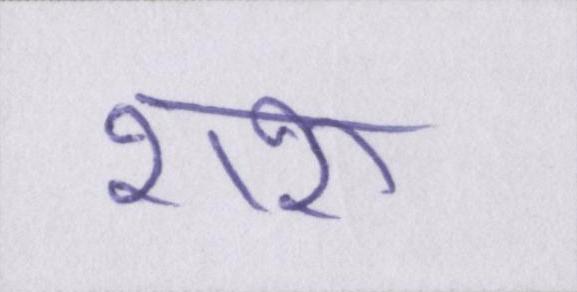
शरू